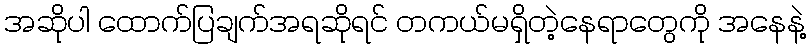
အဆိုပါ ထောက်ပြချက်အရဆိုရင် တကယ်မရှိတဲ့နေရာတွေကို အနေနဲ့